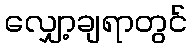
လျှော့ချရာတွင်